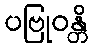
ပဗြုဝန္တိ